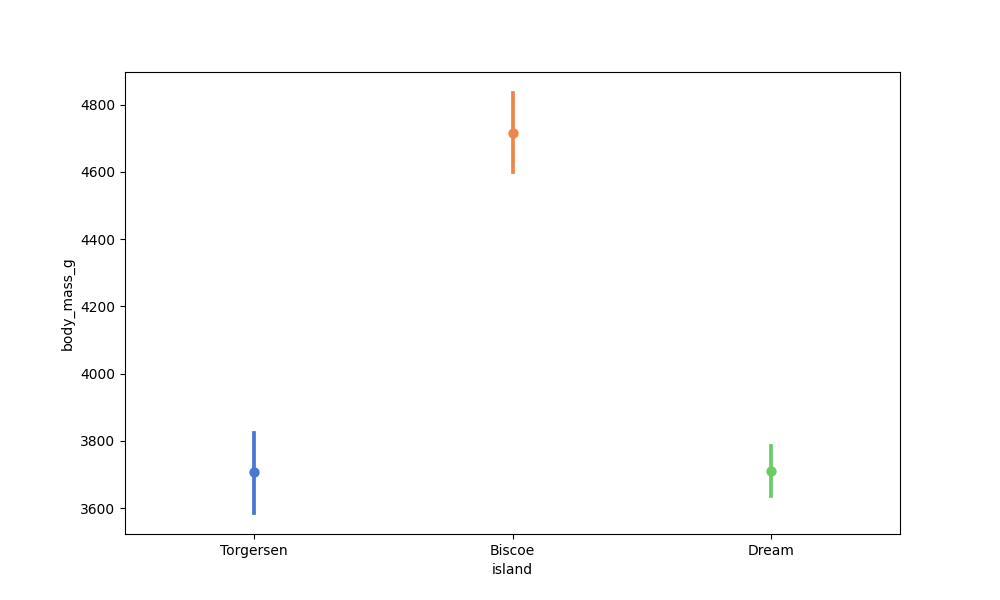
python, seaborn, pointplot, scale=1.0, join=True, hue='None', palette='muted'